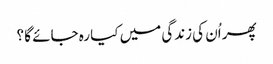
پھر اُن کی زندگی میں کیا رہ جائے گا ؟